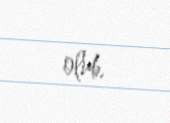
olub.